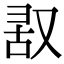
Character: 𪠬